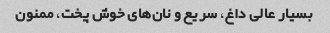
بسیار عالی داغ، سریع و نان‌های خوش پخت، ممنون